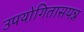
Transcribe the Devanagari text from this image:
उपयोगितासपन्न